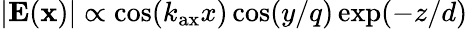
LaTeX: |\textbf{E}({\mathbf x})|\propto\cos(k_{\mathrm{ax}}x)\cos(y/q)\exp(-z/d)